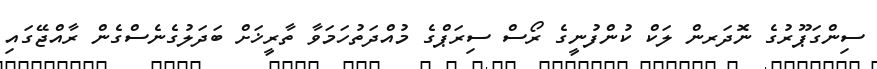
ސިންގަޕޫރުގެ ނޮދަރން ލަކް ކުންފުނީގެ ރޯސް ސިރަޕްގެ މުއްދަތުހަމަވާ ތާރީޚަށް ބަދަލުގެނެސްގެން ރާއްޖޭގައި